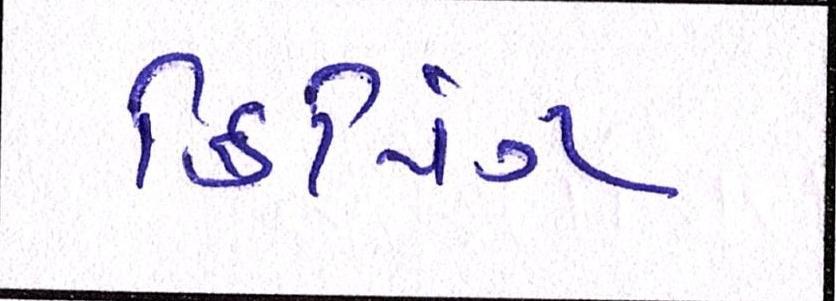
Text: ક્રિપિંગ